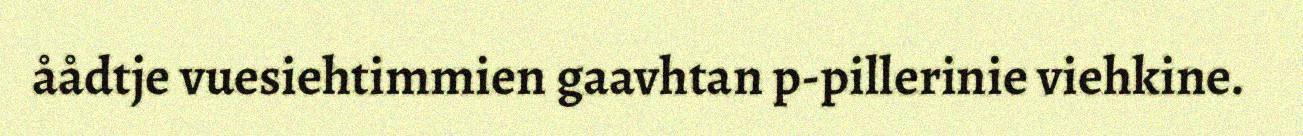
åådtje vuesiehtimmien gaavhtan p-pillerinie viehkine.